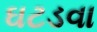
ઘટડવા